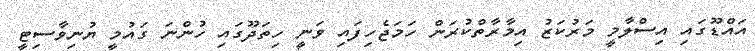
އައްޑޫގައި އިސްލާމީ މަރުކަޒު އިމާރާތްކުރަން ހަމަޖެހިފައި ވަނީ ހިތަދޫގައި ހުންނަ ގައުމީ ޔުނިވާސިޓީ